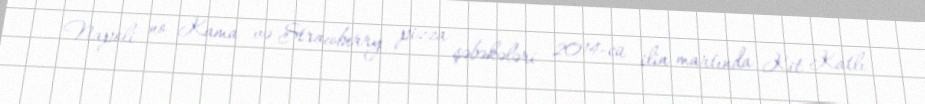
Napoli no Kama və Strawberry pizza şəbəkələri 2014-cü ilin martında Kit Katlı